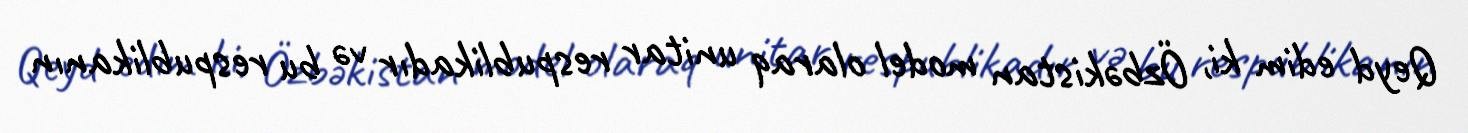
Qeyd edim ki, Özbəkistan model olaraq unitar respublikadır və bu respublikanın